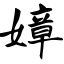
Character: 嫜